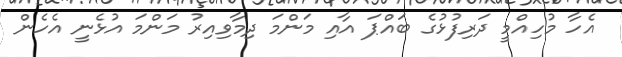
އެހާ މުހިއްމީ ދަރިފުޅުގެ ބައްޕަ އާއި މަންމަ ދިމާވިއިރު މަންމަ އުޅެނީ އެހެން